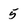
Character: 5